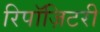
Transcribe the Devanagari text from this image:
रिपॉज़िटरी